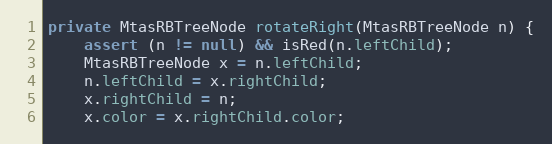
Language: Java
private MtasRBTreeNode rotateRight(MtasRBTreeNode n) {
    assert (n != null) && isRed(n.leftChild);
    MtasRBTreeNode x = n.leftChild;
    n.leftChild = x.rightChild;
    x.rightChild = n;
    x.color = x.rightChild.color;